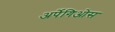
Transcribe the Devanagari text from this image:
अर्पेगिओस